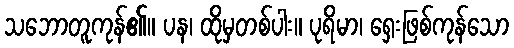
သဘောတူကုန်၏။ ပန၊ ထိုမှတစ်ပါး။ ပုရိမာ၊ ရှေးဖြစ်ကုန်သော